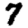
Digit: 7